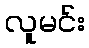
လူမင်း